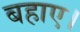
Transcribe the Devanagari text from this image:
बहाए।